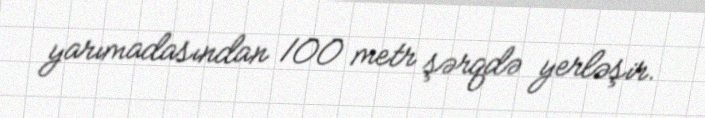
yarımadasından 100 metr şərqdə yerləşir.